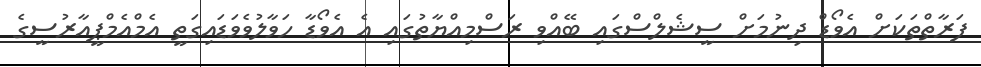
ފަރާތްތަކަށް އެވޯޑް ދިނުމަށް ސީޝެލްސްގައި ބޭއްވި ރަސްމިއްޔާތުގައި އެ އެވޯޑާ ހަވާލުވެވަޑައިގަތީ އެމްއެމްޕީއާރުސީގެ